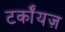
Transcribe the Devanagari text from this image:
टर्कॉयज़